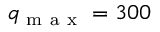
q _ { \mathrm { ~ m ~ a ~ x ~ } } = 3 0 0